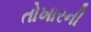
તોખારની